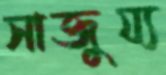
সাজুয্য